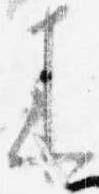
来